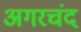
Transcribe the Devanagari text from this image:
अगरचंद